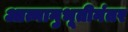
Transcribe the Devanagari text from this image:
आत्मानुभूतीनंतर